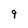
Character: 9